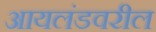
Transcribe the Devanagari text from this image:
आयलंडवरील